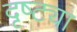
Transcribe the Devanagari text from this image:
दृष्‍ट्या